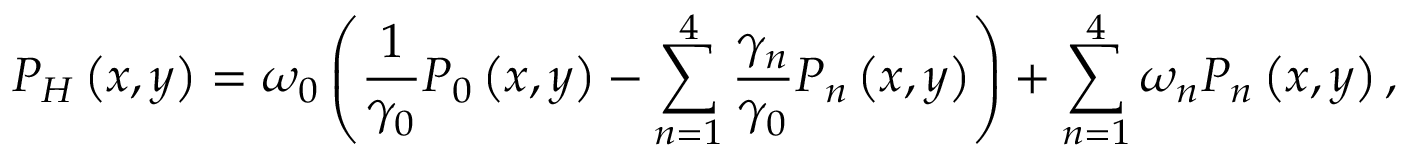
P _ { H } \left( x , y \right) = \omega _ { 0 } \left( \frac { 1 } { \gamma _ { 0 } } P _ { 0 } \left( x , y \right) - \sum _ { n = 1 } ^ { 4 } \frac { \gamma _ { n } } { \gamma _ { 0 } } P _ { n } \left( x , y \right) \right) + \sum _ { n = 1 } ^ { 4 } \omega _ { n } P _ { n } \left( x , y \right) ,